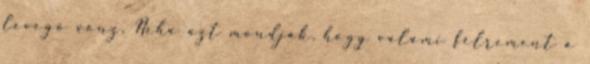
levegő vonz. Néha azt mondják, hogy valami félrement a